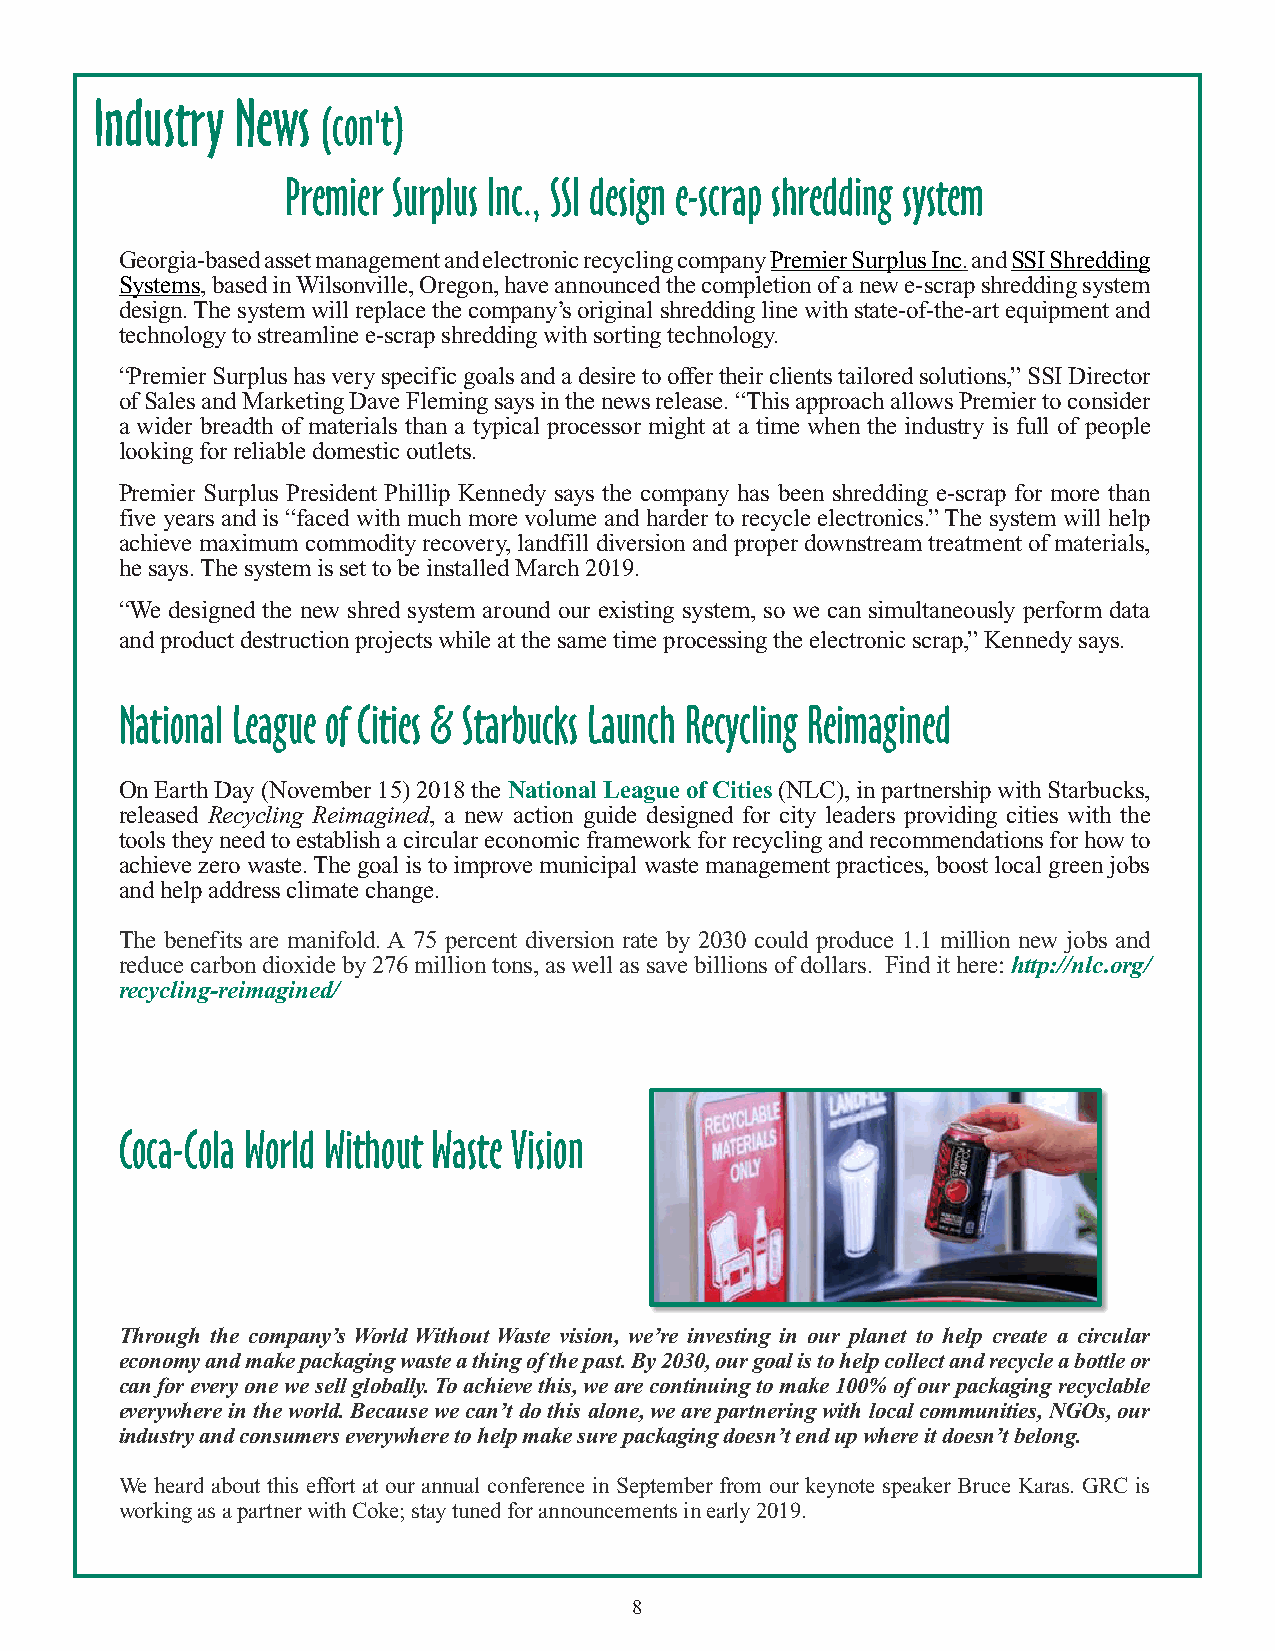
Industry  News
 (con't)
 Premier Surplus Inc., SSI design e-scrap shredding system
 Georgia-based asset management and electronic recycling company Premier Surplus Inc. and SSI Shredding
 Systems, based in Wilsonville, Oregon, have announced the completion of a new e-scrap shredding system
 design. The system will replace the company’s original shredding line with state-of-the-art equipment and
 technology to streamline e-scrap shredding with sorting technology.
 “Premier Surplus has very specific goals and a desire to offer their clients tailored solutions,” SSI Director
 of Sales and Marketing Dave Fleming says in the news release. “This approach allows Premier to consider
 a wider breadth of materials than a typical processor might at a time when the industry is full of people
 looking for reliable domestic outlets.
 Premier Surplus President Phillip Kennedy says the company has been shredding e-scrap for more than
 five years and is “faced with much more volume and harder to recycle electronics.” The system will help
 achieve maximum commodity recovery, landfill diversion and proper downstream treatment of materials,
 he says. The system is set to be installed March 2019.
 “We designed the new shred system around our existing system, so we can simultaneously perform data
 and product destruction projects while at the same time processing the electronic scrap,” Kennedy says.
 National League of Cities & Starbucks Launch Recycling Reimagined
 On Earth Day (November 15) 2018 the National League of Cities (NLC), in partnership with Starbucks,
 released Recycling Reimagined, a new action guide designed for city leaders providing cities with the
 tools they need to establish a circular economic framework for recycling and recommendations for how to
 achieve zero waste. The goal is to improve municipal waste management practices, boost local green jobs
 and help address climate change.
 The benefits are manifold. A 75 percent diversion rate by 2030 could produce 1.1 million new jobs and
 reduce carbon dioxide by 276 million tons, as well as save billions of dollars. Find it here: http://nlc.org/
 recycling-reimagined/
 Coca-Cola World Without Waste Vision
 Through the company’s World Without Waste vision, we’re investing in our planet to help create a circular
 economy and make packaging waste a thing of the past. By 2030, our goal is to help collect and recycle a bottle or
 can for every one we sell globally. To achieve this, we are continuing to make 100% of our packaging recyclable
 everywhere in the world. Because we can’t do this alone, we are partnering with local communities, NGOs, our
 industry and consumers everywhere to help make sure packaging doesn’t end up where it doesn’t belong.
 We heard about this effort at our annual conference in September from our keynote speaker Bruce Karas. GRC is
 working as a partner with Coke; stay tuned for announcements in early 2019.
 8